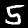
Label: 5